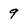
Character: 9